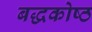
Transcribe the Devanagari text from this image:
बद्धकोष्ठ